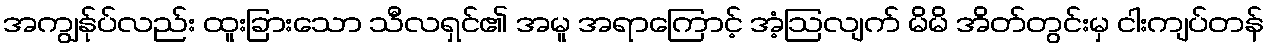
အကျွန်ုပ်လည်း ထူးခြားသော သီလရှင်၏ အမူ အရာကြောင့် အံ့ဩလျက် မိမိ အိတ်တွင်းမှ ငါးကျပ်တန်